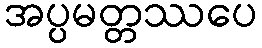
အပ္ပမတ္တဿပေ